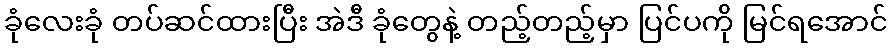
ခုံလေးခုံ တပ်ဆင်ထားပြီး အဲဒီ ခုံတွေနဲ့ တည့်တည့်မှာ ပြင်ပကို မြင်ရအောင်